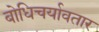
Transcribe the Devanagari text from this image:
बोधिचर्यावतार